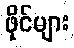
ဖိုင်များ